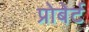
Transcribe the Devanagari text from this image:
प्रोबेर्ट